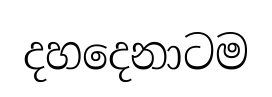
දහදෙනාටම